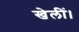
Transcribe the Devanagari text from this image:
खेलीं।